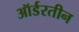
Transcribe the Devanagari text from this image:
ऑर्डरतीन